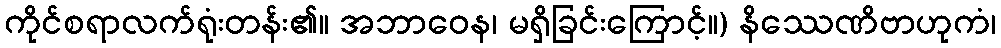
ကိုင်စရာလက်ရုံးတန်း၏။ အဘာဝေန၊ မရှိခြင်းကြောင့်။) နိဿေဏိဗာဟုကံ၊